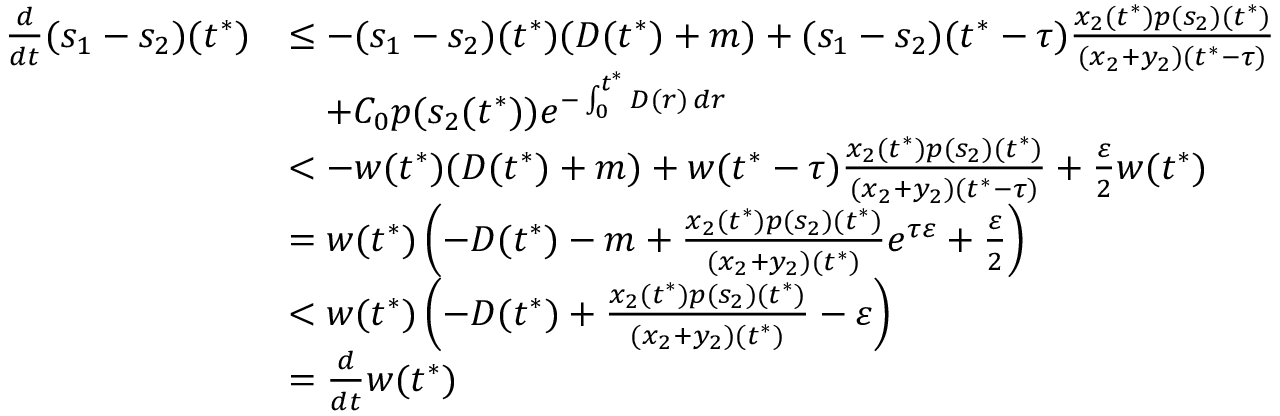
\begin{array} { r l } { \frac { d } { d t } ( s _ { 1 } - s _ { 2 } ) ( t ^ { * } ) } & { \leq - ( s _ { 1 } - s _ { 2 } ) ( t ^ { * } ) ( D ( t ^ { * } ) + m ) + ( s _ { 1 } - s _ { 2 } ) ( t ^ { * } - \tau ) \frac { x _ { 2 } ( t ^ { * } ) p ( s _ { 2 } ) ( t ^ { * } ) } { ( x _ { 2 } + y _ { 2 } ) ( t ^ { * } - \tau ) } } \\ & { \quad + C _ { 0 } p ( s _ { 2 } ( t ^ { * } ) ) e ^ { - \int _ { 0 } ^ { t ^ { * } } D ( r ) \, d r } } \\ & { < - w ( t ^ { * } ) ( D ( t ^ { * } ) + m ) + w ( t ^ { * } - \tau ) \frac { x _ { 2 } ( t ^ { * } ) p ( s _ { 2 } ) ( t ^ { * } ) } { ( x _ { 2 } + y _ { 2 } ) ( t ^ { * } - \tau ) } + \frac { \varepsilon } { 2 } w ( t ^ { * } ) } \\ & { = w ( t ^ { * } ) \left( - D ( t ^ { * } ) - m + \frac { x _ { 2 } ( t ^ { * } ) p ( s _ { 2 } ) ( t ^ { * } ) } { ( x _ { 2 } + y _ { 2 } ) ( t ^ { * } ) } e ^ { \tau \varepsilon } + \frac { \varepsilon } { 2 } \right) } \\ & { < w ( t ^ { * } ) \left( - D ( t ^ { * } ) + \frac { x _ { 2 } ( t ^ { * } ) p ( s _ { 2 } ) ( t ^ { * } ) } { ( x _ { 2 } + y _ { 2 } ) ( t ^ { * } ) } - \varepsilon \right) } \\ & { = \frac { d } { d t } w ( t ^ { * } ) } \end{array}